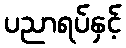
ပညာရပ်နှင့်